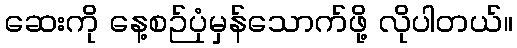
ဆေးကို နေ့စဉ်ပုံမှန်သောက်ဖို့ လိုပါတယ်။